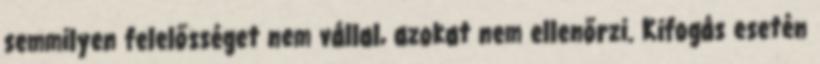
semmilyen felelősséget nem vállal, azokat nem ellenőrzi. Kifogás esetén